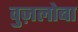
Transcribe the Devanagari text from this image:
वुज़लोबा